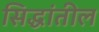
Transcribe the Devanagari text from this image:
सिद्धांतील